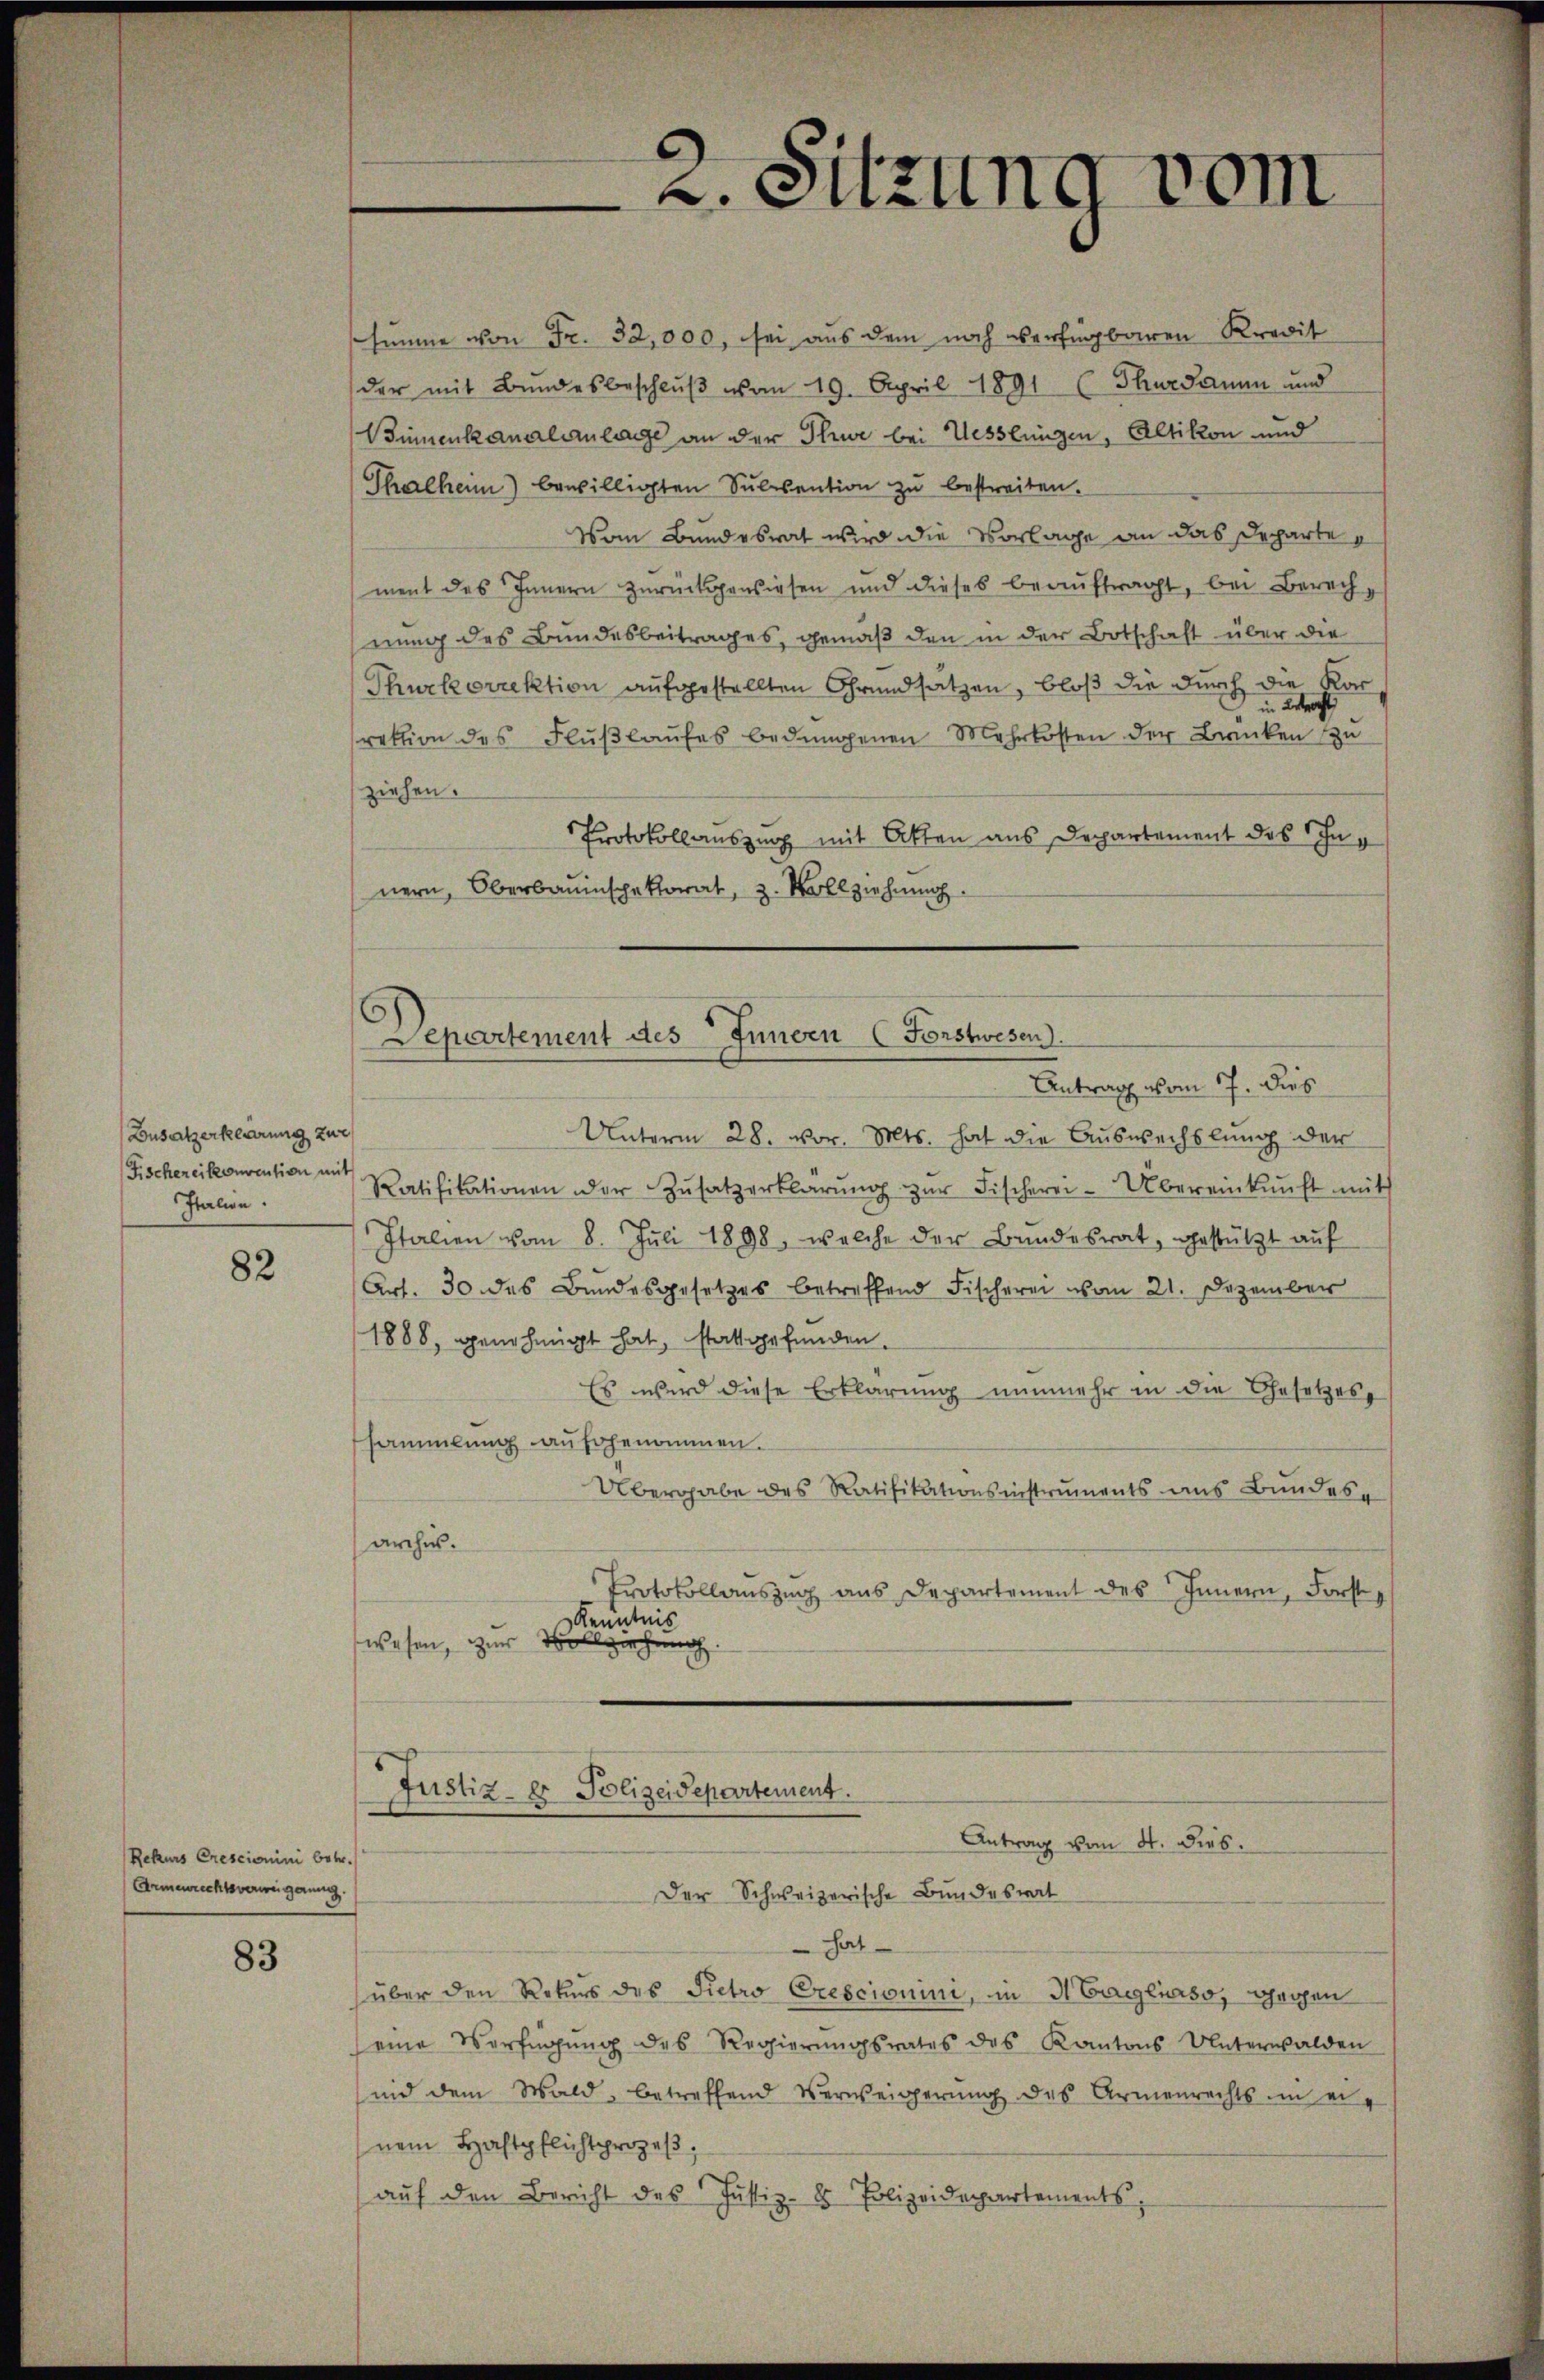
Busatzerklärung zur
Fischereikonvention mit
Italien.

82

Rekurs Cresciomini betr.
Armenrechtsverweigerung

83

Departement des Innern (Forstwesen.
Antrag vom 17. Dies

2. Sitzung vom

Unterm 28. vor. Mts. hat die Auswechslung der
Ratifikationen der Zŭsatzerklärŭng zŭr Fischerei-Übereinkŭnft mit
Italien vom 8. Juli 1898, welche der Bundesrat, gestützt auf
Art. 30 des Bundesgesetzes betreffend Fischerei vom 21. Dezember
1888, genehmigt hat, stattgefunden.
Es wird diese Erklärung nunmehr in die Gesetzes
sammlung aufgenommen.
Übergabe des Ratifikationsinstruments ans Bundes-
archus.
Protokollauszug aus Departement des Innern, Forst
Kenntnis
wesen, zur Vollziehung.

simme von Fr. 32,000, sei aus dem noch verfügbaren Kredit
der mit Bundesbeschlŭβ vom 19. April 1891 (Thurdamen und
Binnenkanalanlage an der Thur bei Hesslingen, Altikon und
Thalheim) bewilligten Sulesention zu bestreiten.
Vom Bundesrat wird die Vorlage an das Departe
ment des Innern zurückgewiesen und dieses beaŭftragt, bei Berechnung des Bundesbeitrages, gemäß den in der Botschaft über die
Thurkorrektion aufgestellten Grundsatzen, bloß die durch die Korin Betracht,
rektion des Flŭβlaŭfes bedungenen Mehrkosten der Branken zu
ziehen.
Protokollauszug mit Atten aus Departement des Innern, Oberbauinschektorat, z. Vollziehung.

Justiz- & Polizeidepartement.
Antrag vom 4. Dies.
Der Schweizerische Bundesrat

hat
über den Rekurs des Pietro Crescionini, in Heggliaso, gegen
seine Verfügŭng des Regierŭngsrates des Kantons Unterwalden
und dem Wald, betreffend Verweigerŭng des Armenrechts in einem Haftpflichtsprozeß
aŭf den Bericht des Justiz- & Polizeidepartements,